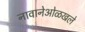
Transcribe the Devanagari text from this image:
नावानेओळखले